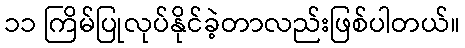
၁၁ ကြိမ်ပြုလုပ်နိုင်ခဲ့တာလည်းဖြစ်ပါတယ်။